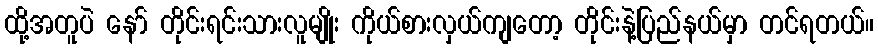
ထို့အတူပဲ နော် တိုင်းရင်းသားလူမျိုး ကိုယ်စားလှယ်ကျတော့ တိုင်းနဲ့ပြည်နယ်မှာ တင်ရတယ်။